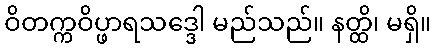
ဝိတက္ကဝိပ္ဖာရသဒ္ဒေါ မည်သည်။ နတ္ထိ၊ မရှိ။